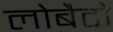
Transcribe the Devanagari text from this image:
लोबैटो